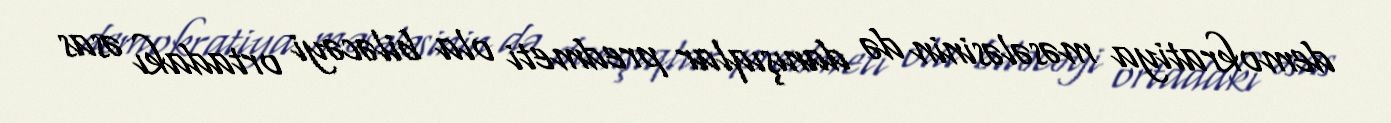
demokratiya məsələsinin də danışıqlar predmeti ola biləcəyi ortadakı əsas